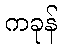
ကခုန်